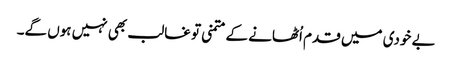
بے خودی میں قدم اُٹھانے کے متمنی تو غالب بھی نہیں ہوں گے۔